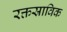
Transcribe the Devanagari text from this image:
रक्तस्राविक